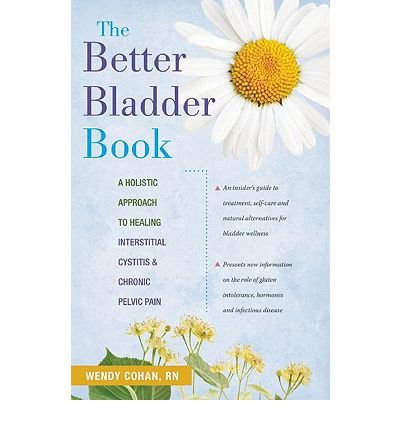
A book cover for The Better Bladder Book: A Holistic Approach to Healing Interstitial Cystitis & Chronic Pelvic Pain (Paperback) - Common; By (author) Wendy Cohan; Health, Fitness & Dieting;